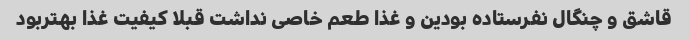
قاشق و چنگال نفرستاده بودین و غذا طعم خاصی نداشت قبلا کیفیت غذا بهتربود